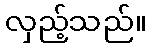
လှည့်သည်။